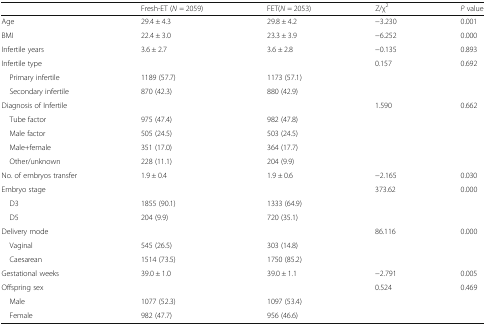
|  | Fresh-ET (N = 2059) | FET(N = 2053) | Z/χ2 | P value |
 | --- | --- | --- | --- | --- |
 | Age | 29.4 ± 4.3 | 29.8 ± 4.2 | −3.230 | 0.001 |
 | BMI | 22.4 ± 3.0 | 23.3 ± 3.9 | −6.252 | 0.000 |
 | Infertile years | 3.6 ± 2.7 | 3.6 ± 2.8 | −0.135 | 0.893 |
 | Infertile type |  |  | 0.157 | 0.692 |
 | Primary infertile | 1189 (57.7) | 1173 (57.1) |  |  |
 | Secondary infertile | 870 (42.3) | 880 (42.9) |  |  |
 | Diagnosis of Infertile |  |  | 1.590 | 0.662 |
 | Tube factor | 975 (47.4) | 982 (47.8) |  |  |
 | Male factor | 505 (24.5) | 503 (24.5) |  |  |
 | Male+female | 351 (17.0) | 364 (17.7) |  |  |
 | Other/unknown | 228 (11.1) | 204 (9.9) |  |  |
 | No. of embryos transfer | 1.9 ± 0.4 | 1.9 ± 0.6 | −2.165 | 0.030 |
 | Embryo stage |  |  | 373.62 | 0.000 |
 | D3 | 1855 (90.1) | 1333 (64.9) |  |  |
 | D5 | 204 (9.9) | 720 (35.1) |  |  |
 | Delivery mode |  |  | 86.116 | 0.000 |
 | Vaginal | 545 (26.5) | 303 (14.8) |  |  |
 | Caesarean | 1514 (73.5) | 1750 (85.2) |  |  |
 | Gestational weeks | 39.0 ± 1.0 | 39.0 ± 1.1 | −2.791 | 0.005 |
 | Offspring sex |  |  | 0.524 | 0.469 |
 | Male | 1077 (52.3) | 1097 (53.4) |  |  |
 | Female | 982 (47.7) | 956 (46.6) |  |  |